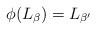
\begin{align*}\phi(L_\beta) = L_{\beta'}\end{align*}